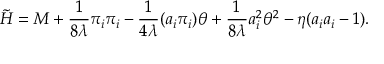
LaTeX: \tilde { H } = M + \frac { 1 } { 8 \lambda } \pi _ { i } \pi _ { i } - \frac { 1 } { 4 \lambda } ( a _ { i } \pi _ { i } ) \theta + \frac { 1 } { 8 \lambda } a _ { i } ^ { 2 } \theta ^ { 2 } - \eta ( a _ { i } a _ { i } - 1 ) .